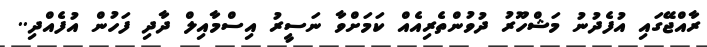
ރާއްޖޭގައި އުފެދުނު މަޝްހޫރު ދުވުންތެރިއެއް ކަމަށްވާ ނަސީރު އިސްމާއިލް ދާދި ފަހުން އުފެއްދި..